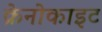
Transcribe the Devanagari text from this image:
क्रेनोकाइट